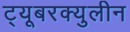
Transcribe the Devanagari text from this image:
ट्यूबरक्युलीन